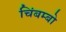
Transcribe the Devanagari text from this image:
चिंबम्बो